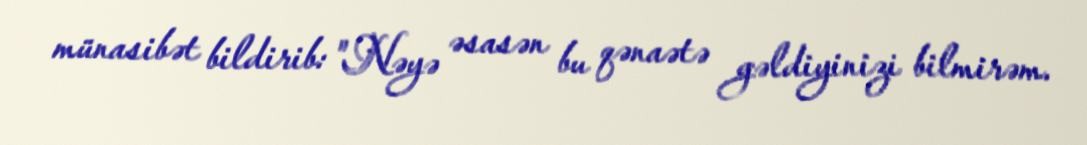
münasibət bildirib: "Nəyə əsasən bu qənaətə gəldiyinizi bilmirəm.